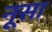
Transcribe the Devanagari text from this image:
नूसा